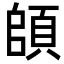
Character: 頧